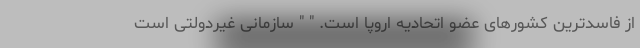
از فاسدترین کشورهای عضو اتحادیه اروپا است. " " سازمانی غیردولتی است